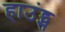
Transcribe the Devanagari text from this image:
हाउंड्स